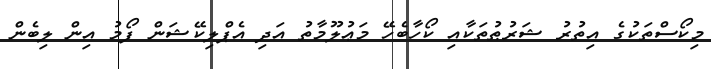
މިކޯސްތަކުގެ އިތުރު ޝަރުޠުތަކާއި ކޯހާބެހޭ މަޢުލޫމާތު އަދި އެޕްލިކޭޝަން ފޯމު އިން ލިބެން